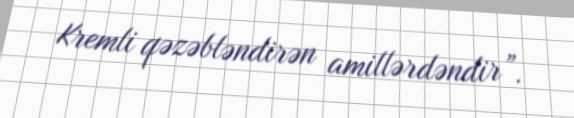
Kremli qəzəbləndirən amillərdəndir”.